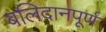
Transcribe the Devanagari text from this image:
बलिदानपूर्ण